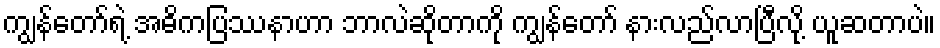
ကျွန်တော်ရဲ့ အဓိကပြဿနာဟာ ဘာလဲဆိုတာကို ကျွန်တော် နားလည်လာပြီလို့ ယူဆတာပဲ။